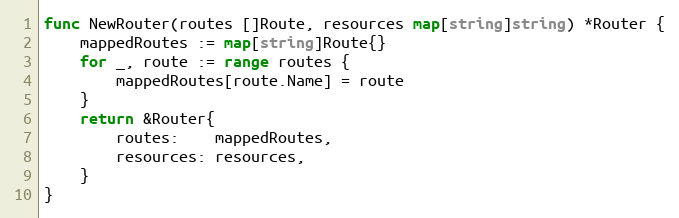
Language: Go
func NewRouter(routes []Route, resources map[string]string) *Router {
	mappedRoutes := map[string]Route{}
	for _, route := range routes {
		mappedRoutes[route.Name] = route
	}
	return &Router{
		routes:    mappedRoutes,
		resources: resources,
	}
}